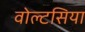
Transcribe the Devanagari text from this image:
वोल्टसिया